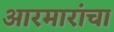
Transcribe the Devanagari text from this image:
आरमारांचा